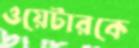
ওয়েটারকে